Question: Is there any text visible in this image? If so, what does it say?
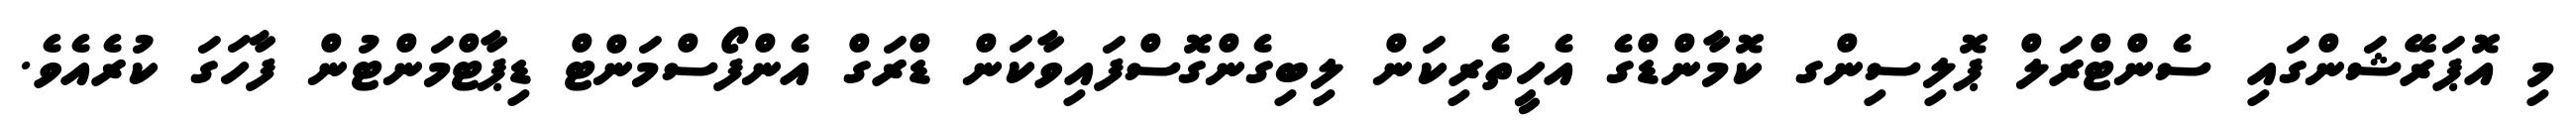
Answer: މި އޮޕަރޭޝަންގައި ސެންޓްރަލް ޕޮލިސިންގ ކޮމާންޑްގެ އެހީތެރިކަން ލިބިގެންގޮސްފައިވާކަން ޑްރަގް އެންފޯސްމަންޓް ޑިޕާޓްމަންޓުން ފާހަގަ ކުރެއެވެ.